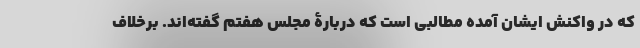
که در واکنش ایشان آمده مطالبی است که دربارۀ مجلس هفتم گفته‌اند. برخلاف